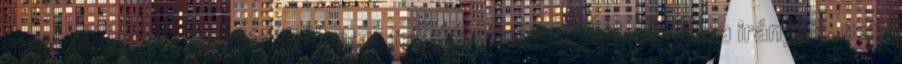
megválasztott kormánynak nem feladata megszabni a kultúra irányait, nem